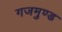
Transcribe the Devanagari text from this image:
गजमुण्ड